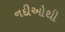
નદીઓથી